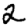
Digit: 2